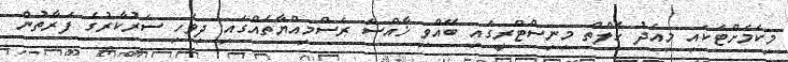
މިކަމަށްޓަކައި މިއަދު ހެލްތް މިނިސްޓްރީގައި ބޭއްވި ޚާއްސަ ރަސްމިއްޔާތެއްގައި ދިވެހި ސަރުކާރުގެ ފަރާތުން